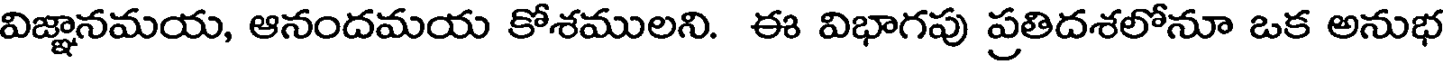
విజ్ఞానమయ, ఆనందమయ కోశములని. ఈ విభాగపు ప్రతిదశలోనూ ఒక అనుభ